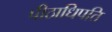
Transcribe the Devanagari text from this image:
पीठाधिपति